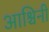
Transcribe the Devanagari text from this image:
आश्चिनी